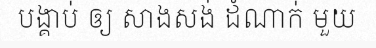
បង្គាប់ ឲ្យ សាងសង់ ដំណាក់ មួយ